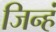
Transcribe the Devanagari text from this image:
जिन्हं